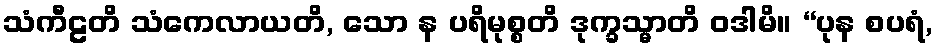
သံကီဠတိ သံကေလာယတိ, သော န ပရိမုစ္စတိ ဒုက္ခသ္မာတိ ဝဒါမိ။ “ပုန စပရံ,